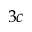
3 c